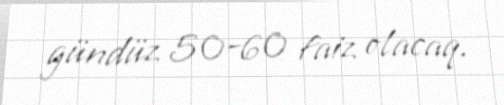
gündüz 50-60 faiz olacaq.